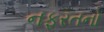
નફરતનો